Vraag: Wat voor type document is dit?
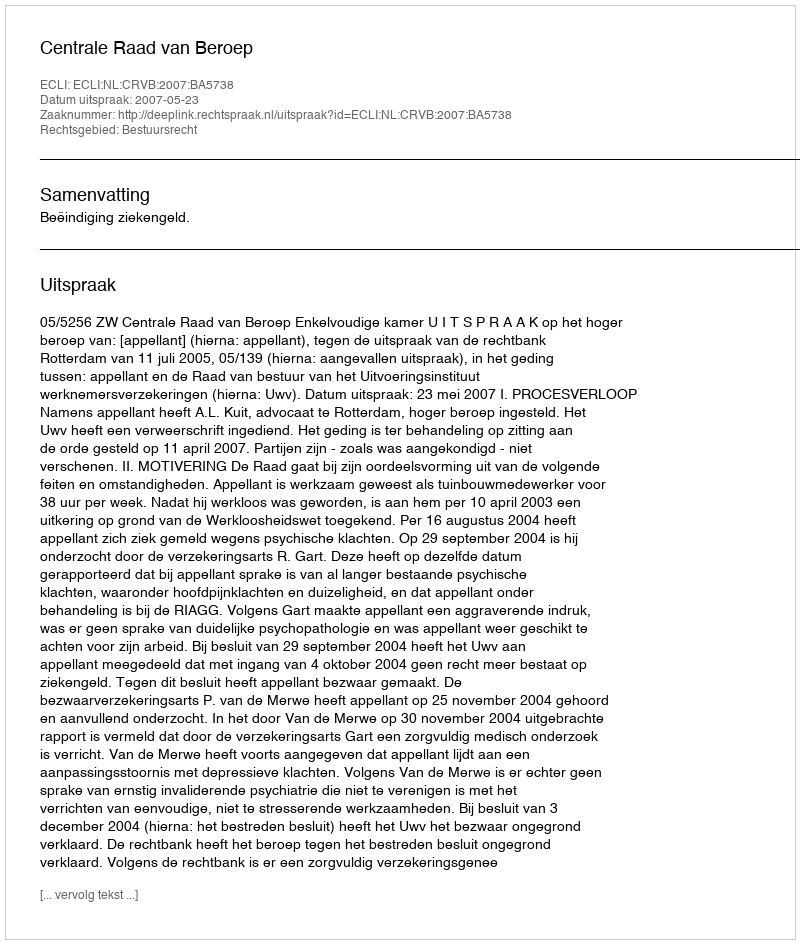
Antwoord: Uitspraak